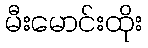
မီးမောင်းထိုး